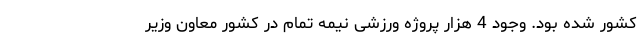
کشور شده بود. وجود 4 هزار پروژه ورزشی نیمه تمام در کشور معاون وزیر